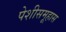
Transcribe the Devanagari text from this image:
पेशीसमूहास